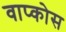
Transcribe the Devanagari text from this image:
वाप्कोस